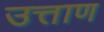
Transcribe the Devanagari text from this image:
उत्ताण